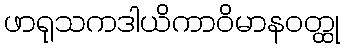
ဖာရုသကဒါယိကာဝိမာနဝတ္ထု